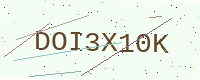
Text: DOI3X10K